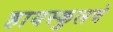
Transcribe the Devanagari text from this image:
हायस्‍कुलचे